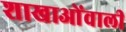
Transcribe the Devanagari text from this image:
शाखाओंवाली